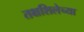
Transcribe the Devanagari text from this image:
तक्षशिलेच्या